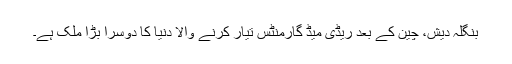
بنگلہ دیش، چین کے بعد ریڈی میڈ گارمنٹس تیار کرنے والا دنیا کا دوسرا بڑا ملک ہے۔